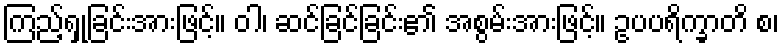
ကြည့်ရှုခြင်းအားဖြင့်။ ဝါ၊ ဆင်ခြင်ခြင်း၏ အစွမ်းအားဖြင့်။ ဥပပရိက္ခာတိ စ၊